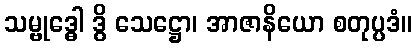
သမ္ဗုဒ္ဓေါ ဒွိ သေဋ္ဌော၊ အာဇာနိယော စတုပ္ပဒံ။